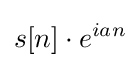
s[n]\cdot e^{ian}\!